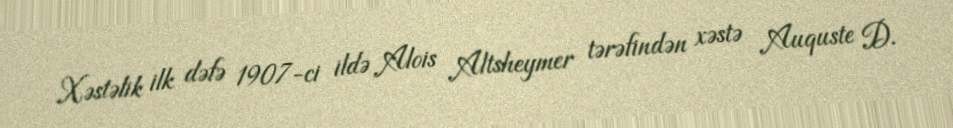
Xəstəlik ilk dəfə 1907-ci ildə Alois Altsheymer tərəfindən xəstə Auquste D.